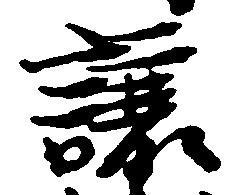
譲